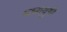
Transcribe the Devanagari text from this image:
मध्ययुगी